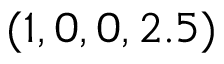
( 1 , 0 , 0 , 2 . 5 )